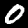
Digit: 0